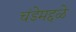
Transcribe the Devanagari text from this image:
चंडेमद्दळे